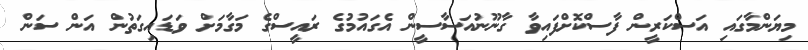
މިޔަންމާގައި އަސްކަރީން ފާސްކޮށްފައިވާ ގާނޫނުއަސާސީން އެގައުމުގެ ރައީސްގެ މަގާމަށް ވަޑައިގަތުން އަން ސަން